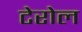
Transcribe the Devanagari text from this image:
टेरोल